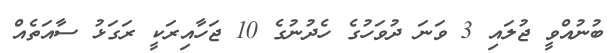
ބުނުއްވީ ޖުލައި 3 ވަނަ ދުވަހުގެ ހެދުނުގެ 10 ޖަހާއިރަކީ ރަގަޅު ސާއަތެއް